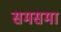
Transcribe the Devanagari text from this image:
समसमा